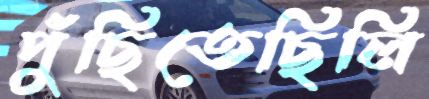
পুঁছিতেছিলি